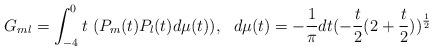
LaTeX: \begin{align*}G_{ml}=\int_{-4}^0t\ (P_m(t)P_l(t)d\mu(t)),\ \ d\mu(t)=-\frac{1}{\pi}dt(-\frac{t}{2}(2+\frac{t}{2}))^{\frac{1}{2}}\end{align*}